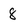
Character: 8